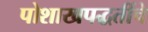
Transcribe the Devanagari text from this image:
पोशाखपद्धतींचे